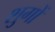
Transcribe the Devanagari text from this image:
शुगों